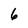
Character: 6